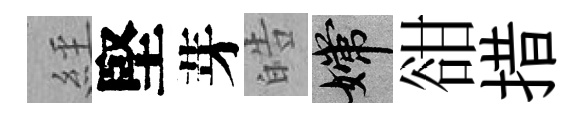
𦀇堅芽皓嫦𧮳措